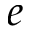
e